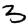
Digit: 3